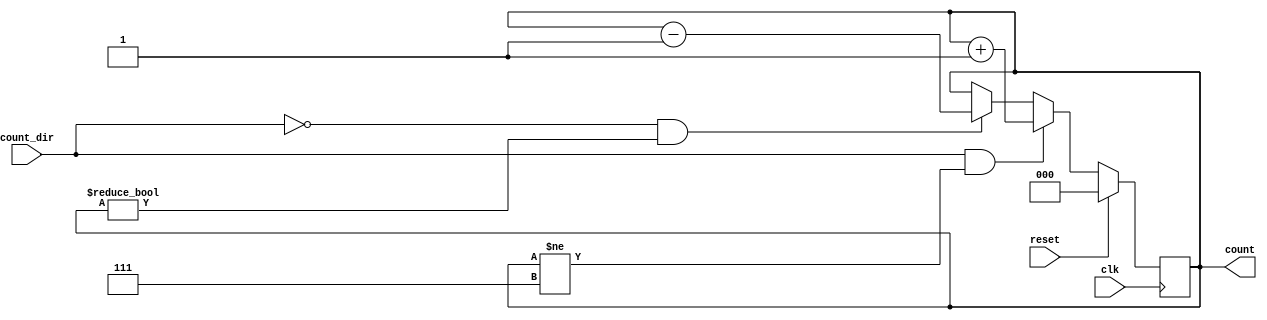
`timescale 1ns / 1ps
//////////////////////////////////////////////////////////////////////////////////
// Company: 
// Engineer: 
// 
// Design Name: 
// Module Name: 3bitupdown
// Project Name: 
// Target Devices: 
// Tool Versions: 
// Description: 
// 
// Dependencies: 
// 
// Revision:
// Revision 0.01 - File Created
// Additional Comments:
// 
//////////////////////////////////////////////////////////////////////////////////


module threebitupdown(
        input clk,reset,
        input count_dir,
        output reg [2:0] count
    );
    
    always@(posedge clk) begin
    
    
    if (reset) begin
    count <= 3'b0;
    end
    else begin
    if (count_dir && count!=3'b111) begin
    count <= count+1;
    end
    
    else if (count_dir == 1'b0 && count!=3'b000) begin 
    count <= count-1;
    end
    
    
    end //line 36 block end
    
    
    end //always end
    
    
    
endmodule